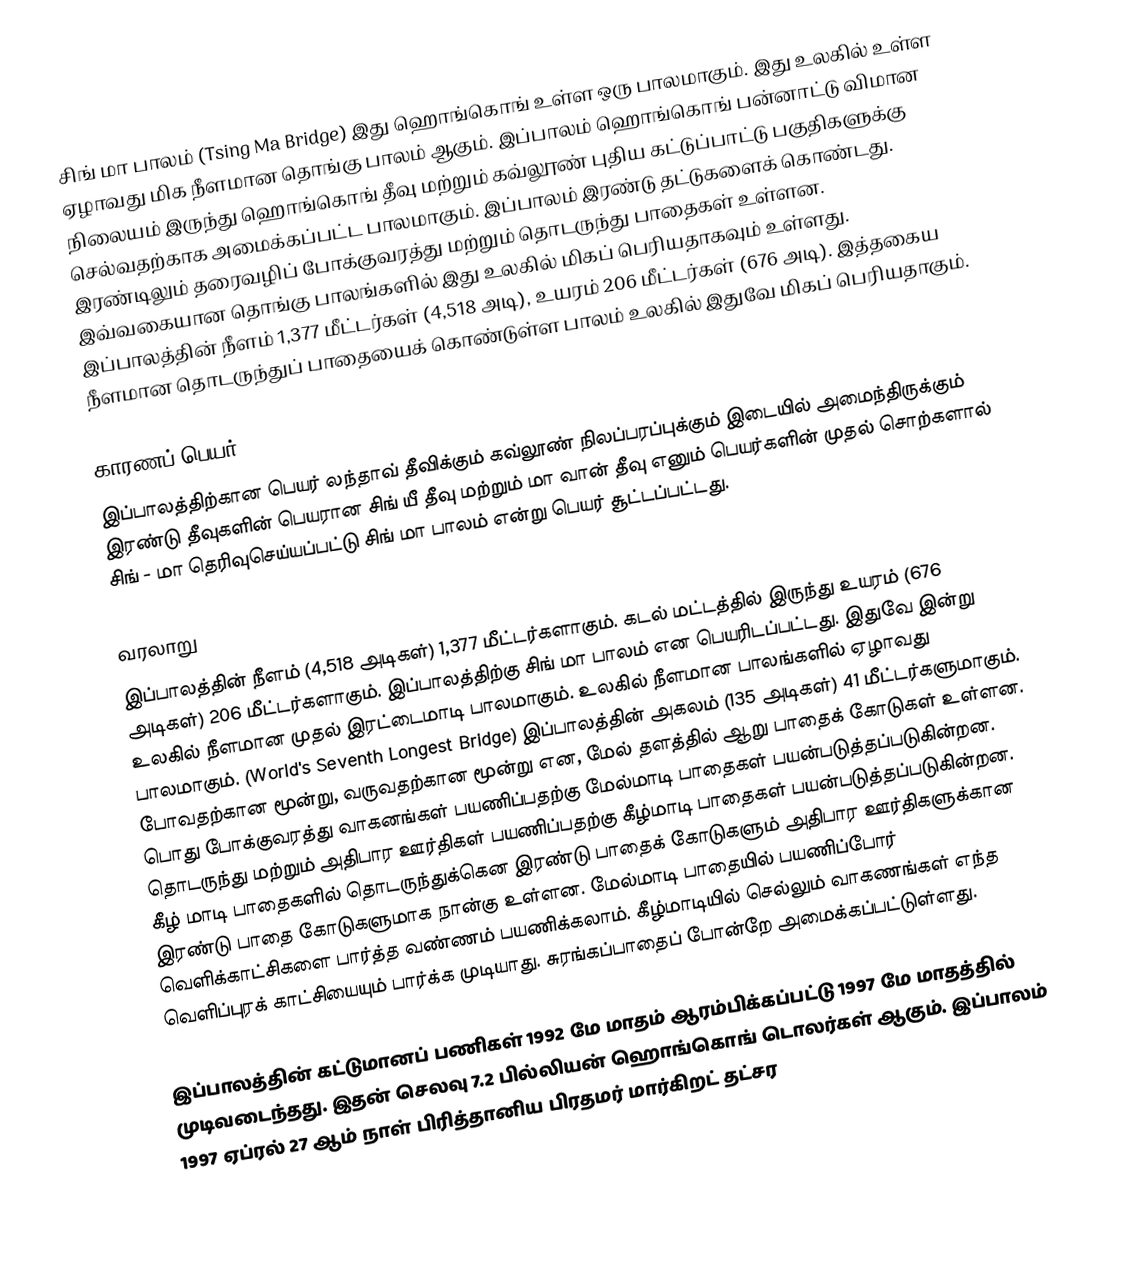
சிங் மா பாலம் (Tsing Ma Bridge) இது ஹொங்கொங் உள்ள ஒரு பாலமாகும். இது உலகில் உள்ள ஏழாவது மிக நீளமான தொங்கு பாலம் ஆகும். இப்பாலம் ஹொங்கொங் பன்னாட்டு விமான நிலையம் இருந்து ஹொங்கொங் தீவு மற்றும் கவ்லூண் புதிய கட்டுப்பாட்டு பகுதிகளுக்கு செல்வதற்காக அமைக்கப்பட்ட பாலமாகும். இப்பாலம் இரண்டு தட்டுகளைக் கொண்டது. இரண்டிலும் தரைவழிப் போக்குவரத்து மற்றும் தொடருந்து பாதைகள் உள்ளன. இவ்வகையான தொங்கு பாலங்களில் இது உலகில் மிகப் பெரியதாகவும் உள்ளது. இப்பாலத்தின் நீளம் 1,377 மீட்டர்கள் (4,518 அடி), உயரம் 206 மீட்டர்கள் (676 அடி). இத்தகைய நீளமான தொடருந்துப் பாதையைக் கொண்டுள்ள பாலம் உலகில் இதுவே மிகப் பெரியதாகும்.

காரணப் பெயர்
இப்பாலத்திற்கான பெயர் லந்தாவ் தீவிக்கும் கவ்லூண் நிலப்பரப்புக்கும் இடையில் அமைந்திருக்கும் இரண்டு தீவுகளின் பெயரான சிங் யீ தீவு மற்றும் மா வான் தீவு எனும் பெயர்களின் முதல் சொற்களால் சிங் - மா தெரிவுசெய்யப்பட்டு சிங் மா பாலம் என்று பெயர் சூட்டப்பட்டது.

வரலாறு
இப்பாலத்தின் நீளம் (4,518 அடிகள்) 1,377 மீட்டர்களாகும். கடல் மட்டத்தில் இருந்து உயரம் (676 அடிகள்) 206 மீட்டர்களாகும். இப்பாலத்திற்கு சிங் மா பாலம் என பெயரிடப்பட்டது. இதுவே இன்று உலகில் நீளமான முதல் இரட்டைமாடி பாலமாகும். உலகில் நீளமான பாலங்களில் ஏழாவது பாலமாகும். (World's Seventh Longest Bridge) இப்பாலத்தின் அகலம் (135 அடிகள்) 41 மீட்டர்களுமாகும். போவதற்கான மூன்று, வருவதற்கான மூன்று என, மேல் தளத்தில் ஆறு பாதைக் கோடுகள் உள்ளன. பொது போக்குவரத்து வாகனங்கள் பயணிப்பதற்கு மேல்மாடி பாதைகள் பயன்படுத்தப்படுகின்றன. தொடருந்து மற்றும் அதிபார ஊர்திகள் பயணிப்பதற்கு கீழ்மாடி பாதைகள் பயன்படுத்தப்படுகின்றன. கீழ் மாடி பாதைகளில் தொடருந்துக்கென இரண்டு பாதைக் கோடுகளும் அதிபார ஊர்திகளுக்கான இரண்டு பாதை கோடுகளுமாக நான்கு உள்ளன. மேல்மாடி பாதையில் பயணிப்போர் வெளிக்காட்சிகளை பார்த்த வண்ணம் பயணிக்கலாம். கீழ்மாடியில் செல்லும் வாகணங்கள் எந்த வெளிப்புரக் காட்சியையும் பார்க்க முடியாது. சுரங்கப்பாதைப் போன்றே அமைக்கப்பட்டுள்ளது.

இப்பாலத்தின் கட்டுமானப் பணிகள் 1992 மே மாதம் ஆரம்பிக்கப்பட்டு 1997 மே மாதத்தில் முடிவடைந்தது. இதன் செலவு 7.2 பில்லியன் ஹொங்கொங் டொலர்கள் ஆகும். இப்பாலம் 1997 ஏப்ரல் 27 ஆம் நாள் பிரித்தானிய பிரதமர் மார்கிறட் தட்சர